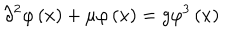
\partial ^ { 2 } \varphi \left( x \right) + \mu \varphi \left( x \right) = g \varphi ^ { 3 } \left( x \right)